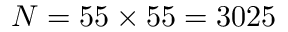
N = 5 5 \times 5 5 = 3 0 2 5